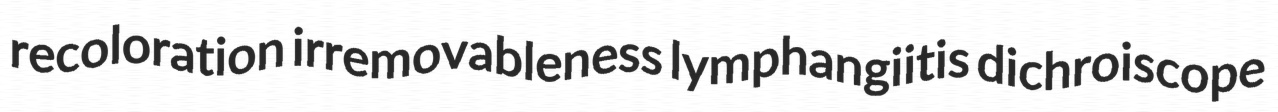
recoloration irremovableness lymphangiitis dichroiscope